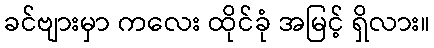
ခင်ဗျားမှာ ကလေး ထိုင်ခုံ အမြင့် ရှိလား။